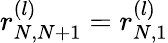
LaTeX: r_{N,N+1}^{(l)}=r_{N,1}^{(l)}